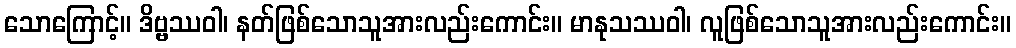
သောကြောင့်။ ဒိဗ္ဗဿဝါ၊ နတ်ဖြစ်သောသူအားလည်းကောင်း။ မာနုသဿဝါ၊ လူဖြစ်သောသူအားလည်းကောင်း။